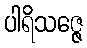
ပါရိသဇ္ဇေ